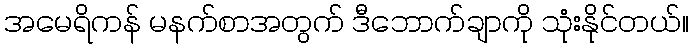
အမေရိကန် မနက်စာအတွက် ဒီဘောက်ချာကို သုံးနိုင်တယ်။